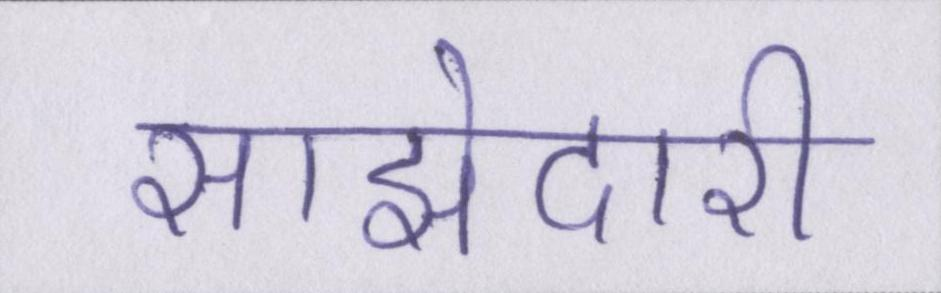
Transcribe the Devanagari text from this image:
साझेदारी